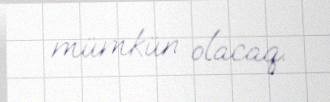
mümkün olacaq.